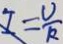
I = \frac { u } { R }